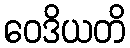
ဝေဒိယတိ